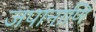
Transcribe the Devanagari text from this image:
जपानाणि